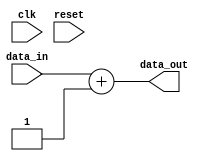
module my_module (
    input wire clk,
    input wire reset,
    input wire [7:0] data_in,
    output wire [7:0] data_out
);
    // Example logic for the module
    assign data_out = data_in + 1; // Simple increment logic
endmodule